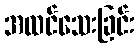
အထင်သေးခြင်း